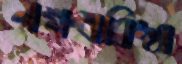
নক্ষত্রবিদ্যা